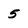
Character: 5